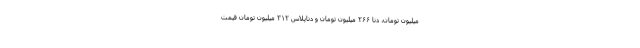
میلیون تومان، دنا ۲۶۶ میلیون تومان و دناپلاس ۳۱۲ میلیون تومان قیمت